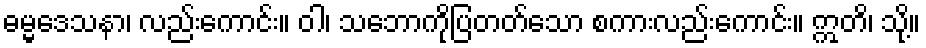
ဓမ္မဒေသနာ၊ လည်းကောင်း။ ဝါ၊ သဘောကိုပြတတ်သော စကားလည်းကောင်း။ ဣတိ၊ သို့။